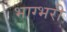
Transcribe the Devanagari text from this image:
भाग्भरी